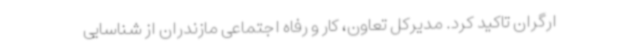
ارگران تاکید کرد. مدیرکل تعاون، کار و رفاه اجتماعی مازندران از شناسایی